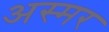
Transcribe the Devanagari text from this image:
अस्मर